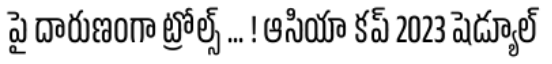
పై దారుణంగా ట్రోల్స్ ... ! ఆసియా కప్ 2023 షెడ్యూల్